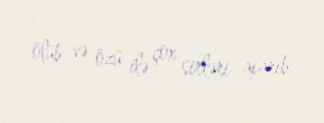
ölüb və özü ilə çox sirləri aparıb.